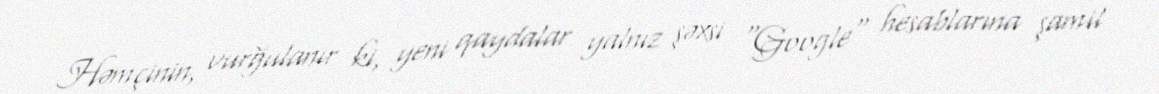
Həmçinin, vurğulanır ki, yeni qaydalar yalnız şəxsi "Google" hesablarına şamil